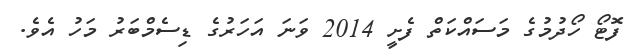
ފޮޓޯ ހޯދުމުގެ މަސައްކަތް ފެށީ 2014 ވަނަ އަހަރުގެ ޑިސެމްބަރު މަހު އެވެ.